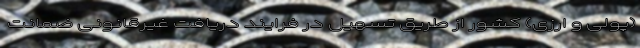
(پولی و ارزی) کشور از طریق تسهیل در فرایند دریافت غیرقانونی ضمانت